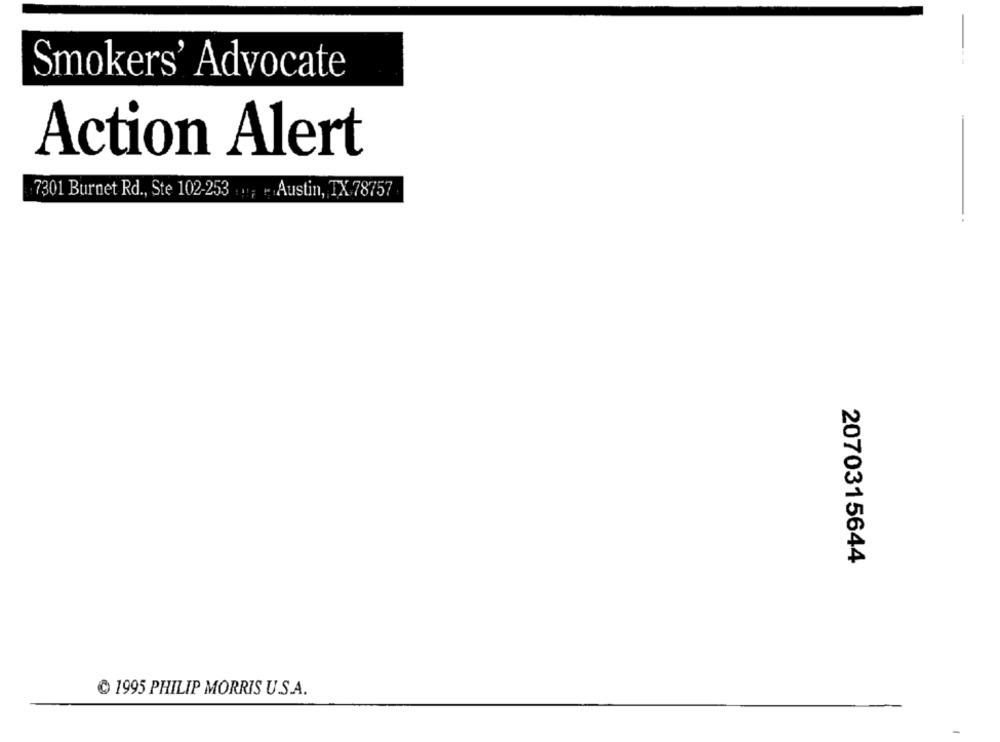
Smokers' Advocate
Action Alert
7301 Burnet Rd ., Ste 102-253 ";
Austin, TX 78757
2070315644
1995 PHILIP MORRIS U.S.A.